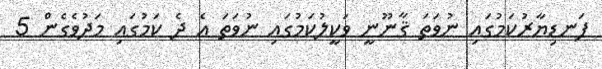
ފަނޑިޔާރުކަމުގައި ނުވަތަ ޤާނޫނީ ވަކީލުކަމުގައި ނުވަތަ އެ ދެ ކަމުގައި މަދުވެގެން 5